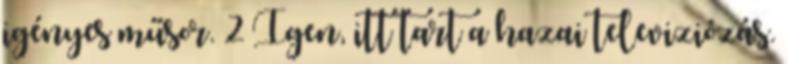
igényes műsor. 2 Igen, itt tart a hazai televiziózás.